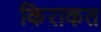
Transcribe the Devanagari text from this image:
किराकत